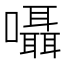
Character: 囁